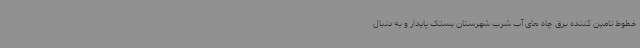
خطوط تامین کننده برق چاه های آب شرب شهرستان بستک پایدار و به دنبال